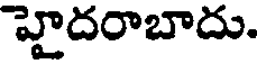
హైదరాబాదు.